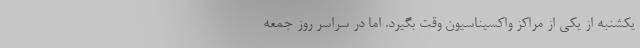
یکشنبه از یکی از مراکز واکسیناسیون وقت بگیرد. اما در سراسر روز جمعه